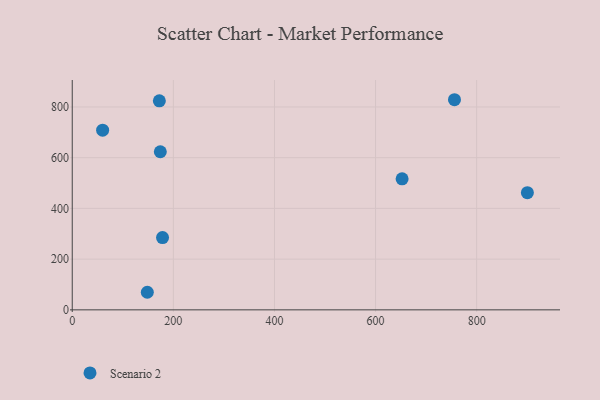
{"axis": {"x": "Engine Size", "y": "Yield"}, "legend": ["Scenario 2"], "data": [{"x": "172.3", "y": 824.0, "type": "Scenario 2"}, {"x": "174.2", "y": 623.4, "type": "Scenario 2"}, {"x": "178.6", "y": 285.1, "type": "Scenario 2"}, {"x": "148.5", "y": 69.3, "type": "Scenario 2"}, {"x": "756.1", "y": 828.5, "type": "Scenario 2"}, {"x": "652.5", "y": 516.6, "type": "Scenario 2"}, {"x": "60.1", "y": 708.4, "type": "Scenario 2"}, {"x": "900.3", "y": 462.1, "type": "Scenario 2"}]}